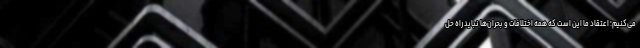
می‌کنیم؛ اعتقاد ما این است که همه اختلافات و بحران‌ها نباید راه حل